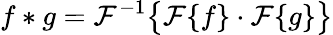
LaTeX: f*g={\mathcal{F}}^{-1}{\big\{ }{\mathcal{F}}\{ f\} \cdot{\mathcal{F}}\{ g\} {\big\} }